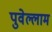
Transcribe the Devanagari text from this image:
पुवेल्लाम